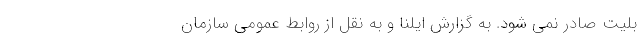
بلیت صادر نمی شود. به گزارش ایلنا و به نقل از روابط عمومی سازمان